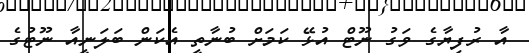
އާ ރުފިޔާގެ ވަގު ނޫޓް އުޅޭ ކަމަށް ބުނާތީ އެކަން ބަލަނީއާ ނޫޓުގެ